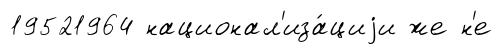
19521964 национал'иза́циjи же н'е